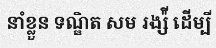
នាំខ្លួន ទណ្ឌិត សម រង្ស៉ី ដើម្បី